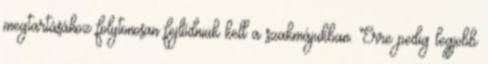
megtartásához folytonosan fejlődniük kell a szakmájukban. Erre pedig legjobb